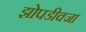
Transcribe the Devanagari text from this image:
झोपडीवजा